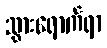
သွားရောက်ရာ